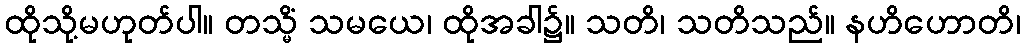
ထိုသို့မဟုတ်ပါ။ တသ္မိံ သမယေ၊ ထိုအခါ၌။ သတိ၊ သတိသည်။ နဟိဟောတိ၊